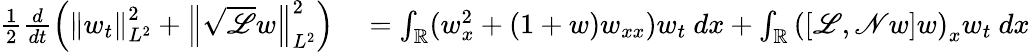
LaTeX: \begin{array}{rl}{\frac{1}{2}\frac{d}{dt}\left(\left\| w_{t}\right\| _{L^{2}}^{2}+\left\| \sqrt{\mathscr{L}}w\right\| _{L^{2}}^{2}\right)}&{{}=\int_{\mathbb R}(w_{x}^{2}+(1+w)w_{xx})w_{t}\ dx+\int_{\mathbb R}\left(\left[\mathscr{L},\mathscr{N}w\right]w\right)_{x}w_{t}\ dx}\end{array}